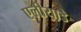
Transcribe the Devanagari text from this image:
एलीयाडे